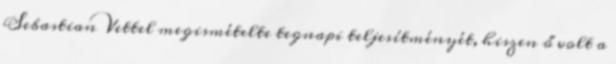
Sebastian Vettel megismételte tegnapi teljesítményét, hiszen ő volt a